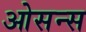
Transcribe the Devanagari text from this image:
ओसन्स